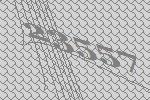
23557